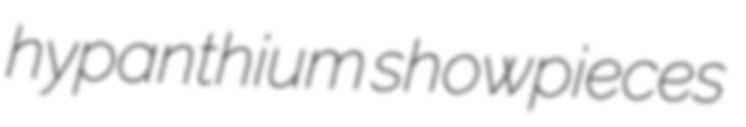
hypanthium showpieces